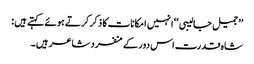
’’ جمیل جالیبی ‘‘ انہیں امکانات کا ذکر کرتے ہوئے کہتے ہیں :
شاہ قدرت اس دور کے منفرد شاعر ہیں ۔